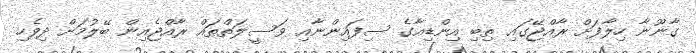
ގާނޫނާ ހިލާފަށް ރާއްޖޭގައި ތިބި އިންޑިއާގެ ސިފައިންނާއި ވަސީލަތްތައް ރާއްޖެއިން ބޭލުމަށް ދިވެހި